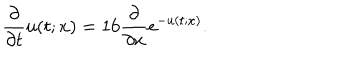
LaTeX: \frac { \partial } { \partial t } u ( t ; x ) = 1 6 \frac { \partial } { \partial x } e ^ { - u ( t ; x ) } .